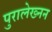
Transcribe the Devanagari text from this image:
पुरालेख्नन